Subject: physics
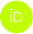
LaTeX code:
	\begin{tikzpicture}
	\draw[lime, fill=lime] (0,0)
	circle [radius=0.2]
	node[white] {{\fontfamily{qag}\selectfont \tiny ID}};
	\draw[white, fill=white] (-0.0625,0.095)
	circle [radius=0.007];
	\end{tikzpicture}